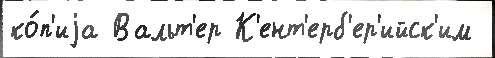
ко́п'иjа Вальт'ер К'ент'ерб'ер'ийск'им